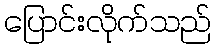
ပြောင်းလိုက်သည်